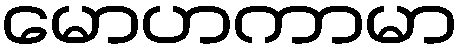
မောဟကာမာ